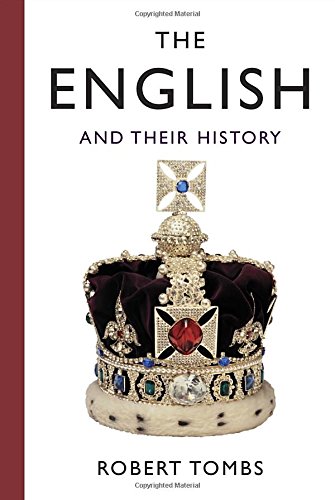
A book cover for The English and Their History; Robert Tombs; Science & Math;